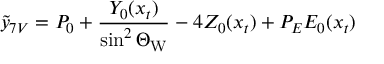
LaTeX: \tilde { y } _ { 7 V } = P _ { 0 } + \frac { Y _ { 0 } ( x _ { t } ) } { \sin ^ { 2 } \Theta _ { \mathrm { W } } } - 4 Z _ { 0 } ( x _ { t } ) + P _ { E } E _ { 0 } ( x _ { t } )